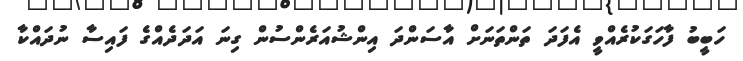
ހަބީބު ފާހަގަކުރެއްވީ އެފަދަ ތަންތަނަށް އާސަންދަ އިންޝުއަރެންސުން ގިނަ އަދަދެއްގެ ފައިސާ ނުދައްކާ